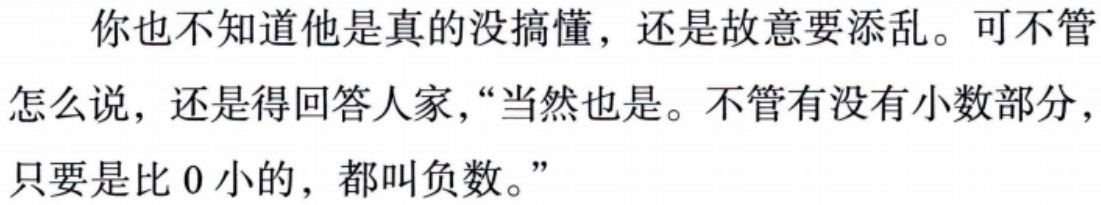
你也不知道他是真的没搞懂，还是故意要添乱。可不管
怎么说，还是得回答人家，“当然也是。不管有没有小数部分，
只要是比 0 小的，都叫负数。”